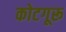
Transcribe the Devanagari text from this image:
कोटगूरू